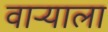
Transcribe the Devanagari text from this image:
वाऱ्याला